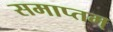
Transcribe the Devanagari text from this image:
समाप्तम्‌